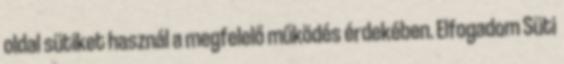
oldal sütiket használ a megfelelő működés érdekében. Elfogadom Süti